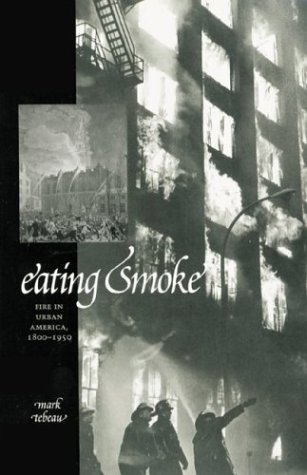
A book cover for Eating Smoke: Fire in Urban America, 1800-1950; Mark Tebeau; Business & Money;